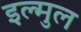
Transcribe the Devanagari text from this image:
इल्मुल